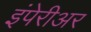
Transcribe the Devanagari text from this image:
इंपेरीअर